Medical and sanitary report of the native army of Bengal for the year
Year: 1874
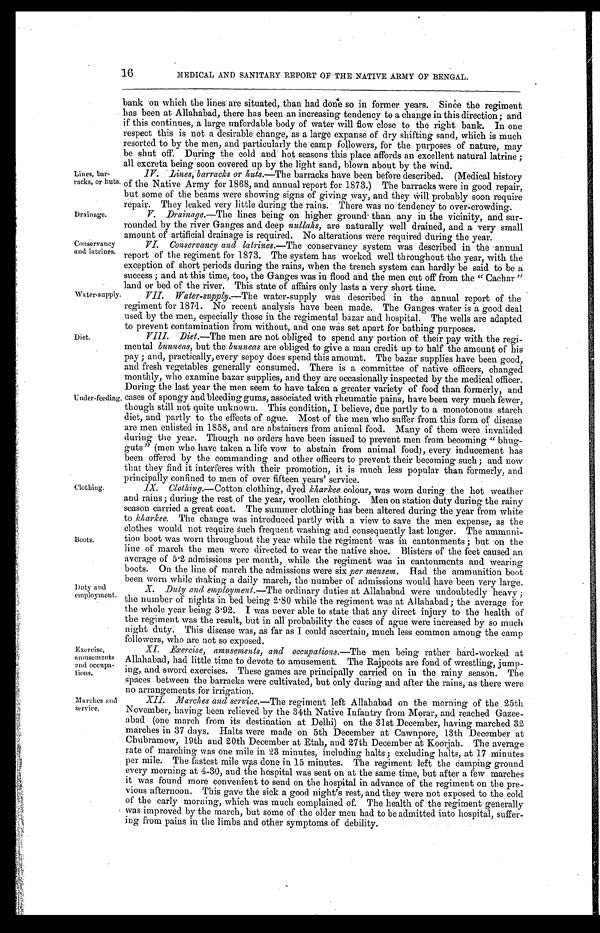
Drainage.
Conservancy
and latrines.
16
MEDICAL AND SANITARY REPORT OF THE NATIVE ARMY OF BENGAL.
Lines, bar-
racks, or huts.
bank on which the lines are situated, than had done so in former years. Since the regiment
has been at Allahabad, there has been an increasing tendency to a change in this direction ; and
if this continues, a large unfordable body of water will flow close to the right bank. In one
respect this is not a desirable change, as a large expanse of dry shifting sand, which is much
resorted to by the men, and particularly the camp followers, for the purposes of nature, may
be shut off. During the cold and hot seasons this place affords an excellent natural latrine ;
all excreta being soon covered up by the light sand, blown about by the wind.
IV. Lines, barracks or huts.—The barracks have been before described. (Medical history
of the Native Army for 1868, and annual report for 1873.) The barracks were in good repair,
but some of the beams were showing signs of giving way, and they will probably soon require
repair. They leaked very little during the rains. There was no tendency to over-crowding.
V. Drainage.—The lines being on higher ground than any in the vicinity, and sur-
rounded by the river Ganges and deep nullahs, are naturally well drained, and a very small
amount of artificial drainage is required. No alterations were required during the year.
VI. Conservancy and latrines.— The conservancy system was described in the annual
report of the regiment for 1873. The system has worked well throughout the year, with the
exception of short periods during the rains, when the trench system can hardly be said to be a
success ; and at this time, too, the Ganges was in flood and the men cut off from the " Cachar "
land or bed of the river. This state of affairs only lasts a very short time.
Water-supply.
Diet.
Under-feeding.
VII.
Water-supply.— The water-supply was described in the annual report of the
regiment for 1871. No recent analysis have been made. The Ganges water is a good deal
used by the men, especially those in the regimental bazar and hospital. The wells are adapted
to prevent contamination from without, and one was set apart for bathing purposes.
VIII.
Diet.—The men are not obliged to spend any portion of their pay with the regi-
mental bunneas, but the bunneas are obliged to give a man credit up to half the amount of his
pay ; and, practically, every sepoy does spend this amount. The bazar supplies have been good,
and fresh vegetables generally consumed. There is a committee of native officers, changed
monthly, who examine bazar supplies, and they are occasionally inspected by the medical officer.
During the last year the men seem to have taken a greater variety of food than formerly, and
cases of spongy and bleeding gums, associated with rheumatic pains, have been very much fewer,
though still not quite unknown. This condition, I believe, due partly to a monotonous starch
diet, and partly to the effects of ague. Most of the men who suffer from this form of disease
are men enlisted in 1858, and are abstainers from animal food. Many of them were invalided
during the year. Though no orders have been issued to prevent men from becoming " bhug-
guts" (men who have taken a life vow to abstain from animal food), every inducement has
been offered by the commanding and other officers to prevent their becoming such ; and now
that they find it interferes with their promotion, it is much less popular than formerly, and
principally confined to men of over fifteen years' service.
Clothing.
Boots.
Duty and
employment.
Exercise,
amusements
and occupa-
tions.
Marches and
service.
_
IX.
Clothing.—Cotton clothing, dyed kharkee colour, was worn during the hot weather
and rains ; during the rest of the year, woollen clothing. Men on station duty during the rainy
season carried a great coat. The summer clothing has been altered during the year from white
to kharkee. The change was introduced partly with a view to save the men expense, as the
clothes would not require such frequent washing and consequently last longer. The ammuni-
tion boot was worn throughout the year while the regiment was in cantonments ; but on the
line of march the men were directed to wear the native shoe. Blisters of the feet caused an
average of 5.2 admissions per month, while the regiment was in cantonments and wearing
boots. On the line of march the admissions were six per mensem. Had the ammunition boot
b e e n w o r n w h i l e m a k i n g a d a i l y m a r c h , t h e n u m b e r o f a d m i s s i o n s w o u l d h a v e b e e n v e r y l a r g e .
X.
Duty and employment.— The ordinary duties at Allahabad were undoubtedly heavy ;
the number of nights in bed being 2 . 80 while the regiment was at Allahabad ; the average for
the whole year being 3 . 92. I was never able to state that any direct injury to the health of
the regiment was the result, but in all probability the cases of ague were increased by so much
night duty. This disease was, as far as I could ascertain, much less common among the camp
followers, who are not so exposed.
XI.
Exercise, amusements, and occupations.— The men being rather hard-worked at
Allahabad, had little time to devote to amusement. The Rajpoots are fond of wrestling, jump-
ing, and sword exercises. These games are principally carried on in the rainy season. The
spaces between the barracks were cultivated, but only during and after the rains, as there were
no arrangements for irrigation.
XI I . Ma r c he s a nd s e r vi c e . —T h e
r e g i m e n t l e f t A l l a h a b a d o n t h e m o r n i n g o f t h e 2 5 t h
November, having been relieved by the 34th . Native Infantry from Morar, and reached Gazee-
abad (one march from its destination at Delhi) on the 31st December, having marched 32
marches in 37 days. Halts were made on 5th December at Cawnpore, 13th December at
Chubramow, 19th and 20th December at Etah, and 27th December at Koorjah. The average
rate of marching was one mile in 23 minutes, including halts ; excluding halts, at 17 minutes
per mile. The fastest mile was done in 15 minutes. The regiment left the camping ground
every morning at 4-30, and the hospital was sent on at the same time, but after a few marches
it was found more convenient to send on the hospital in advance of the regiment on the pre-
vious afternoon. This gave the sick a good night's rest, and they were not exposed to the cold
of the early morning, which was much complained of. The health of the regiment generally
was improved by the march, but some of the older men had to be admitted into hospital, suffer-
ing from pains in the limbs and other symptoms of debility.